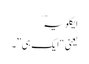
ایکلویہؔ
یعنی “ایک ہی”ٗ۔